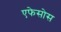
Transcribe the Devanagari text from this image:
एफेसोस